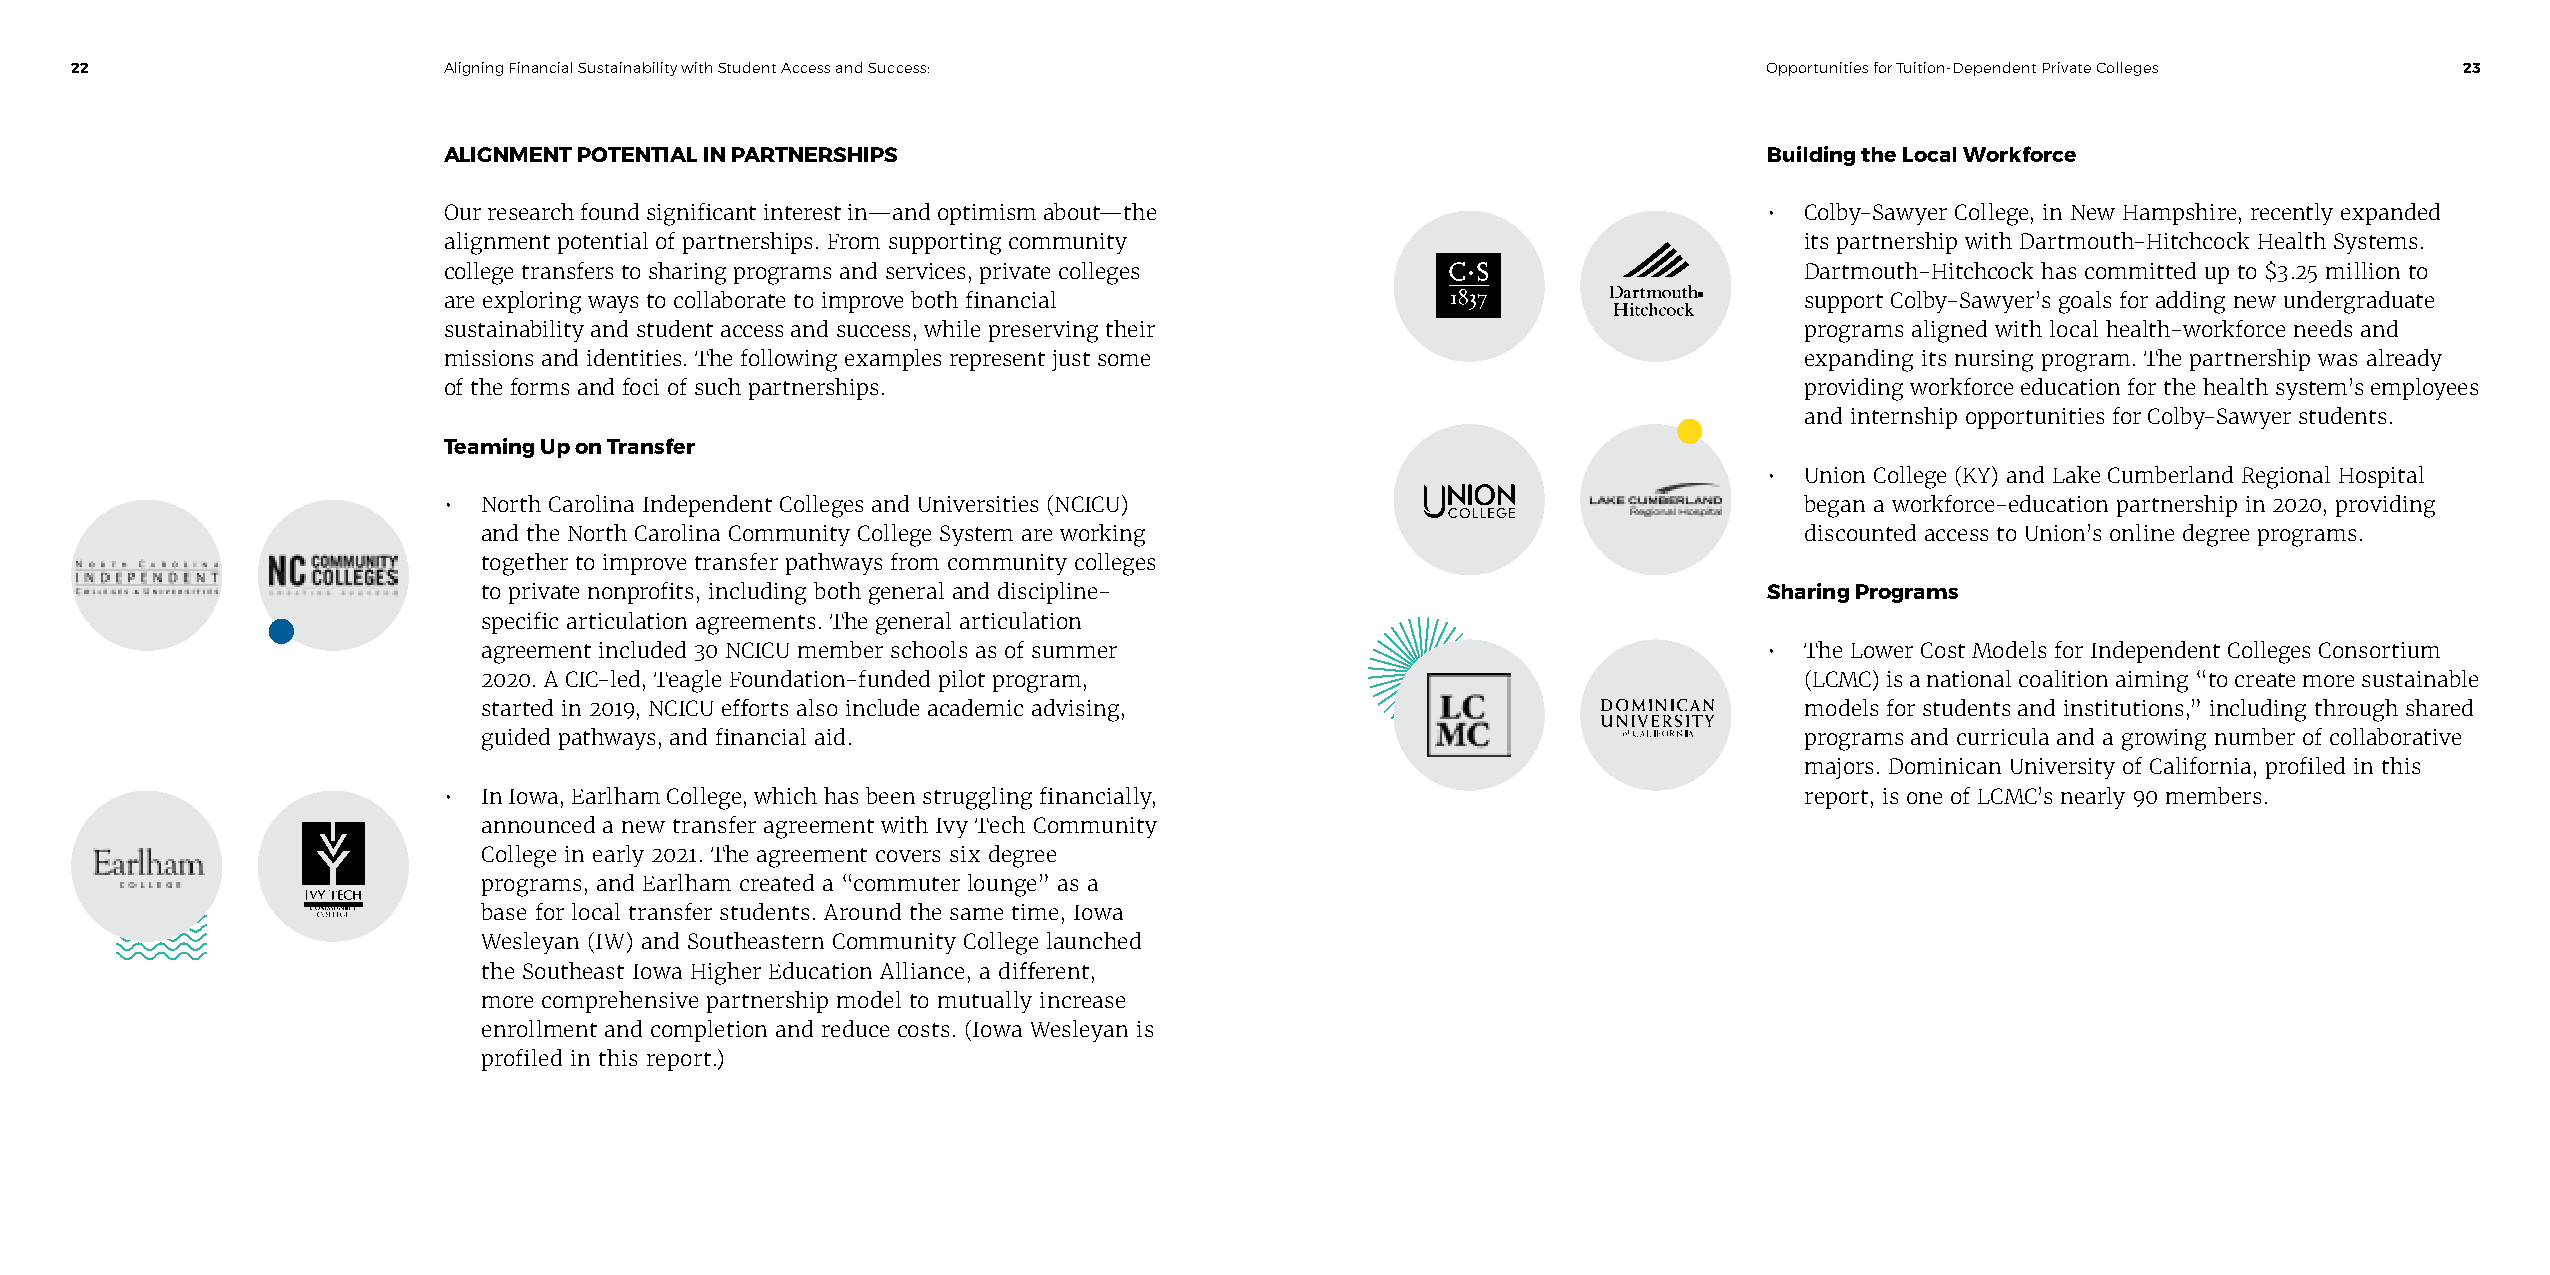
22                      Aligning Financial Sustainability with Student Access and Success:                      Opportunities for Tuition-Dependent Private Colleges 23
 ALIGNMENT POTENTIAL IN PARTNERSHIPS                                                     Building the Local Workforce
 Our research found significant interest in—and optimism about—the                       • Colby-Sawyer College, in New Hampshire, recently expanded
 alignment potential of partnerships. From supporting community                            its partnership with Dartmouth-Hitchcock Health Systems.
 college transfers to sharing programs and services, private colleges                      Dartmouth-Hitchcock has committed up to $3.25 million to
 are exploring ways to collaborate to improve both financial                               support Colby-Sawyer’s goals for adding new undergraduate
 sustainability and student access and success, while preserving their                     programs aligned with local health-workforce needs and
 missions and identities. The following examples represent just some                       expanding its nursing program. The partnership was already
 of the forms and foci of such partnerships.                                               providing workforce education for the health system’s employees
 and internship opportunities for Colby-Sawyer students.
 Teaming Up on Transfer
 • Union College (KY) and Lake Cumberland Regional Hospital
 •  North Carolina Independent Colleges and Universities (NCICU)                           began a workforce-education partnership in 2020, providing
 and the North Carolina Community College System are working                            discounted access to Union’s online degree programs.
 together to improve transfer pathways from community colleges
 to private nonprofits, including both general and discipline-                        Sharing Programs
 specific articulation agreements. The general articulation
 agreement included 30 NCICU member schools as of summer                              • The Lower Cost Models for Independent Colleges Consortium
 2020. A CIC-led, Teagle Foundation-funded pilot program,                               (LCMC) is a national coalition aiming “to create more sustainable
 started in 2019, NCICU efforts also include academic advising,                         models for students and institutions,” including through shared
 guided pathways, and financial aid.                                                    programs and curricula and a growing number of collaborative
 majors. Dominican University of California, profiled in this
 •  In Iowa, Earlham College, which has been struggling financially,                       report, is one of LCMC’s nearly 90 members.
 announced a new transfer agreement with Ivy Tech Community
 College in early 2021. The agreement covers six degree
 programs, and Earlham created a “commuter lounge” as a
 base for local transfer students. Around the same time, Iowa
 Wesleyan (IW) and Southeastern Community College launched
 the Southeast Iowa Higher Education Alliance, a different,
 more comprehensive partnership model to mutually increase
 enrollment and completion and reduce costs. (Iowa Wesleyan is
 profiled in this report.)